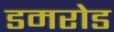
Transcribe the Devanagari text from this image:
डमरोड